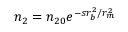
n _ { 2 } = n _ { 2 0 } e ^ { - s r _ { b } ^ { 2 } / r _ { m } ^ { 2 } }